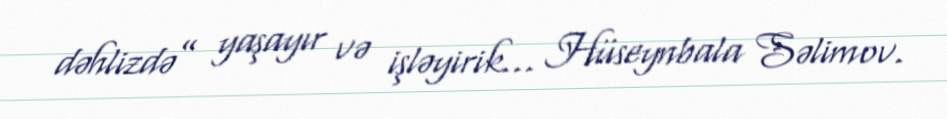
dəhlizdə” yaşayır və işləyirik... Hüseynbala Səlimov.